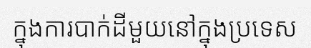
ក្នុងការបាក់ដីមួយនៅក្នុងប្រទេស